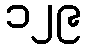
၁၂၉